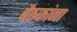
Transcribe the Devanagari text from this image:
बैठकांना